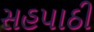
સહપાઠી